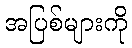
အပြစ်များကို